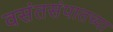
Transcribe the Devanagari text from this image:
वसंतसंपातच्या